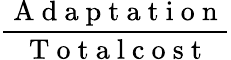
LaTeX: \frac{\mathrm{~A~d~a~p~t~a~t~i~o~n~}}{\mathrm{~T~o~t~a~l~c~o~s~t~}}